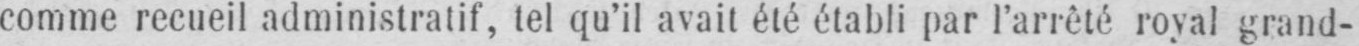
comme recueil administratif, tel qu’il avait été établi par l’arrêté royal grand-